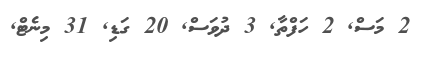
2 މަސް